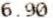
6.90